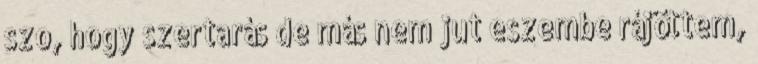
szo, hogy szertarás de más nem jut eszembe rájöttem,